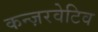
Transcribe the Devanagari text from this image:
कन्ज़रवेटिव